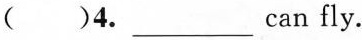
()4. ___ can fly.